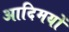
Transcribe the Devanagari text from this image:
आदिमयों